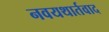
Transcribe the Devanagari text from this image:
नवयथार्तवाद